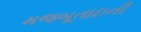
મજબૂતાઇની